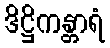
ဒိဋ္ဌိကန္တာရံ